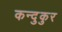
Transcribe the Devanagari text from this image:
कन्दुकुर